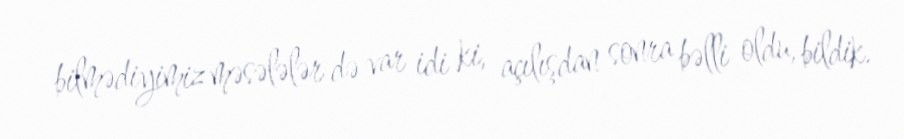
bilmədiyimiz məsələlər də var idi ki, açılışdan sonra bəlli oldu, bildik.